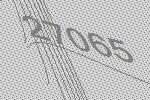
27065